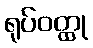
ရုပ်ဝတ္ထု